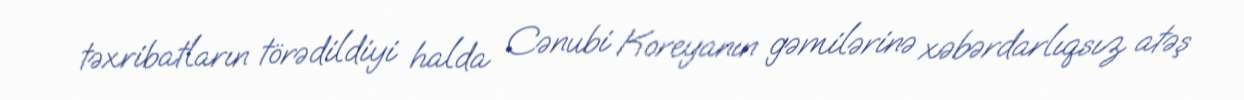
təxribatların törədildiyi halda Cənubi Koreyanın gəmilərinə xəbərdarlıqsız atəş